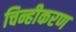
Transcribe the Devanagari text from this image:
चिन्हीकरण